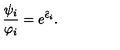
\frac { \psi _ { i } } { \varphi _ { i } } = e ^ { \hat { \epsilon } _ { i } } .